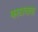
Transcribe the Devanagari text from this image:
काटावाबा